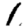
Digit: 1